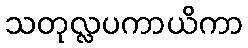
သတုလ္လပကာယိကာ